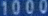
10000